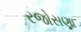
રજોસણા